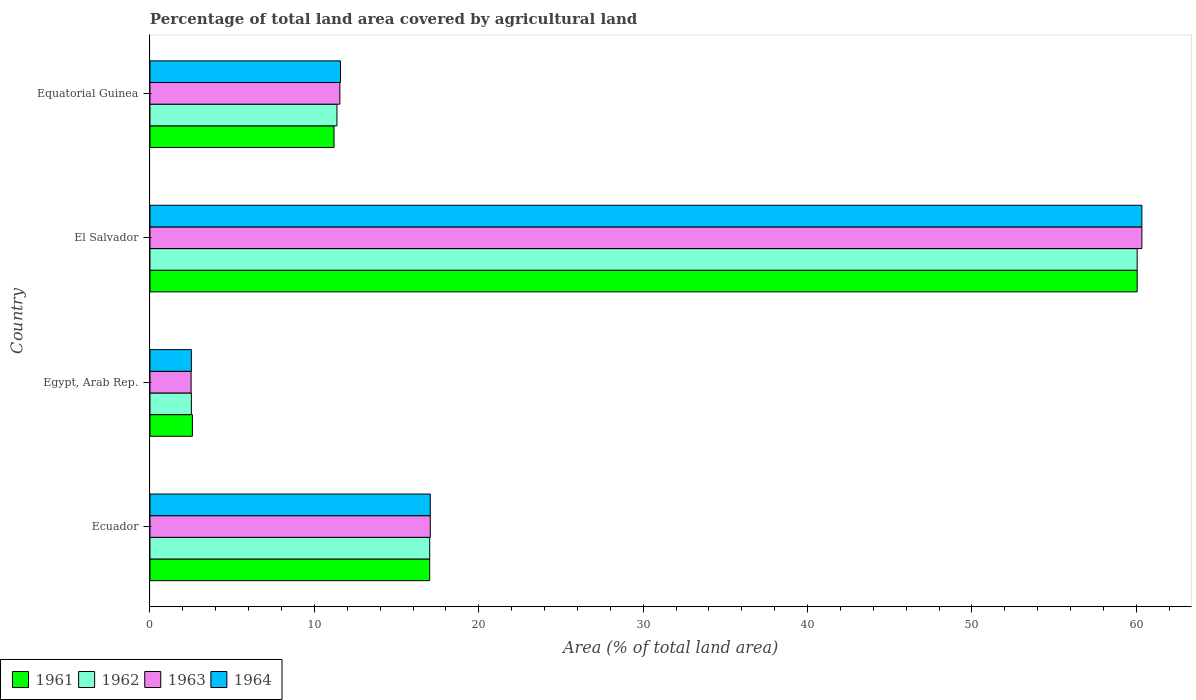
| Country | 1961 | 1962 | 1963 | 1964 |
 | --- | --- | --- | --- | --- |
 | Ecuador | 17 | 17 | 17 | 17 |
 | Egypt, Arab Rep. | 2.58 | 2.52 | 2.5 | 2.52 |
 | El Salvador | 60 | 60 | 60.3 | 60.3 |
 | Equatorial Guinea | 11.2 | 11.4 | 11.6 | 11.6 |